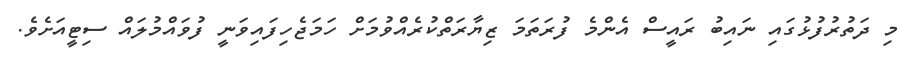
މި ދަތުރުފުޅުގައި ނައިބު ރައީސް އެންމެ ފުރަތަމަ ޒިޔާރަތްކުރެއްވުމަށް ހަމަޖެހިފައިވަނީ ފުވައްމުލައް ސިޓީއަށެވެ.